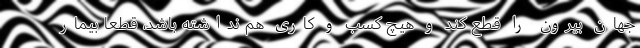
جهان بیرون را قطع کند و هیچ کسب و کاری هم نداشته باشد، قطعا بیمار